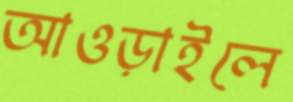
আওড়াইলে